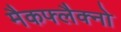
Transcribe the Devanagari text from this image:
मैकफ्लैक्नो